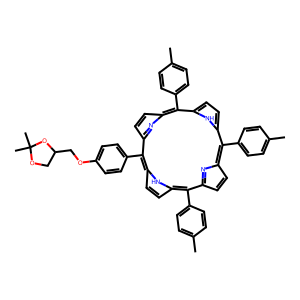
SMILES: Cc1ccc(-c2c3ccc(n3)c(-c3ccc(C)cc3)c3ccc([nH]3)c(-c3ccc(OCC4COC(C)(C)O4)cc3)c3ccc(n3)c(-c3ccc(C)cc3)c3ccc2[nH]3)cc1
Inhibits HIV replication: No